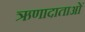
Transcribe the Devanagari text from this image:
ऋणादाताओं